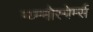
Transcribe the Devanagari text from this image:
ग्य्म्नोस्पेर्म्स